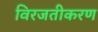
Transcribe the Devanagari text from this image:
विरजतीकरण